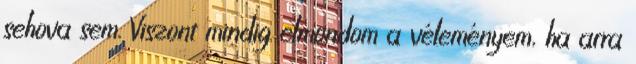
sehova sem. Viszont mindig elmondom a véleményem, ha arra